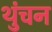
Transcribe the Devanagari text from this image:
थुंचन